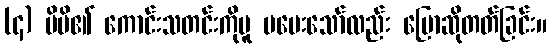
(၄) မိမိ၏ ကောင်းသတင်းကိုမူ မမေးသော်လည်း ပြောဆိုတတ်ခြင်း။